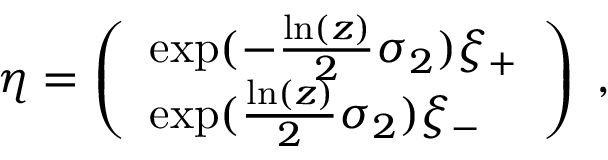
\eta = \left( \begin{array} { l } { { \exp ( - \frac { \ln ( z ) } { 2 } \sigma _ { 2 } ) \xi _ { + } } } \\ { { \exp ( \frac { \ln ( z ) } { 2 } \sigma _ { 2 } ) \xi _ { - } } } \end{array} \right) \; ,